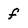
Character: f